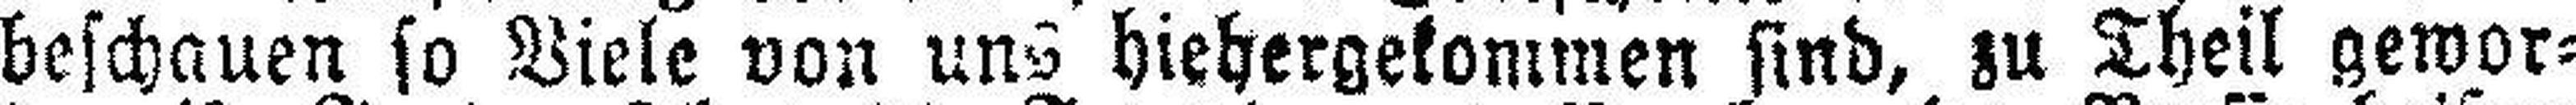
beschauen so Viele von uns hiehergekommen sind, zu Theil gewor¬